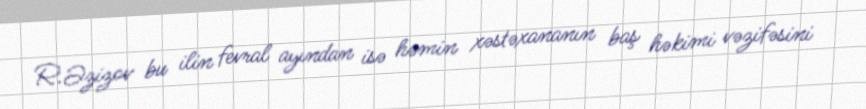
R.Əzizov bu ilin fevral ayından isə həmin xəstəxananın baş həkimi vəzifəsini